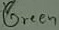
Text: Green